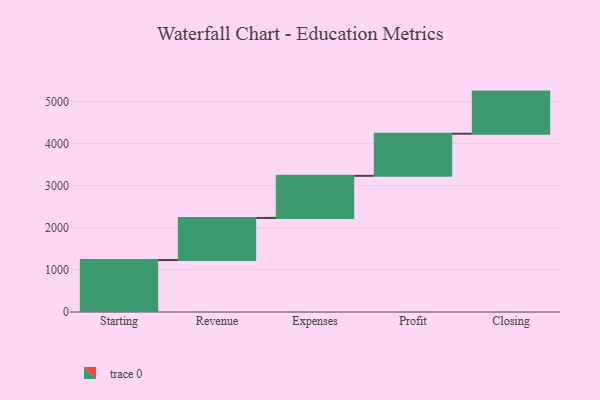
{"axis": {"x": "Step", "y": "Value"}, "legend": [""], "data": [{"x": "Starting", "y": 1233.0, "type": ""}, {"x": "Revenue", "y": 1000, "type": ""}, {"x": "Expenses", "y": 1000, "type": ""}, {"x": "Profit", "y": 1000, "type": ""}, {"x": "Closing", "y": 1000, "type": ""}]}